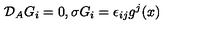
{ \cal { D } } _ { A } G _ { i } = 0 , \sigma G _ { i } = \epsilon _ { i j } g ^ { j } ( x )